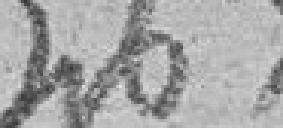
463